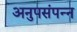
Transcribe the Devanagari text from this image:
अनुपसंपन्न